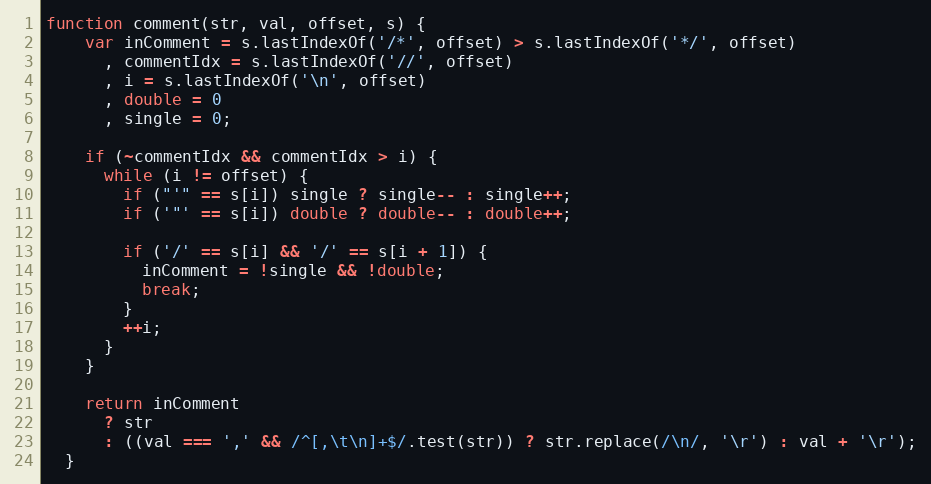
Language: JavaScript
function comment(str, val, offset, s) {
    var inComment = s.lastIndexOf('/*', offset) > s.lastIndexOf('*/', offset)
      , commentIdx = s.lastIndexOf('//', offset)
      , i = s.lastIndexOf('\n', offset)
      , double = 0
      , single = 0;

    if (~commentIdx && commentIdx > i) {
      while (i != offset) {
        if ("'" == s[i]) single ? single-- : single++;
        if ('"' == s[i]) double ? double-- : double++;

        if ('/' == s[i] && '/' == s[i + 1]) {
          inComment = !single && !double;
          break;
        }
        ++i;
      }
    }

    return inComment
      ? str
      : ((val === ',' && /^[,\t\n]+$/.test(str)) ? str.replace(/\n/, '\r') : val + '\r');
  }